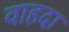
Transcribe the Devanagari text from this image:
वाहदा